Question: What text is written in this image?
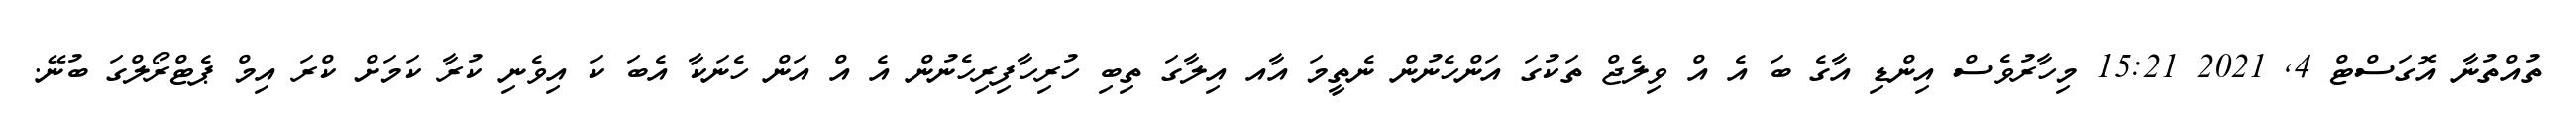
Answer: ތުއްތުނާ އޮގަސްޓް 4, 2021 15:21 މިހާރުވެސް އިންޑި އާގެ ބަ އެ އް ވިލެޖް ތަކުގަ އަންހެނުން ނެތީމަ އާއ އިލާގަ ތިބި ހުރިހާފިރިހެނުން އެ އް އަން ހެނަކާ އެބަ ކަ އިވެނި ކުރާ ކަމަށް ކްރަ އިމް ޕެޓްރޯލްގަ ބުނޭ.